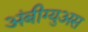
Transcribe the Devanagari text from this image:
अंबीग्युअस